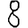
Digit: 8